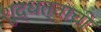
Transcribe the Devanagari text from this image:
शुद्धत्वाची